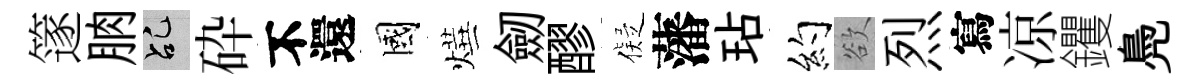
篴朒乩砕不還國燁劒醪儗藩玷约欲烈寫凉钁鳧